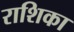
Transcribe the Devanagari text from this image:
राशिका